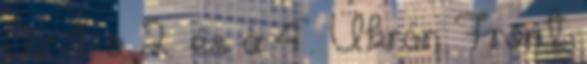
Az 1. a 2. és a 4. Ukrán Front